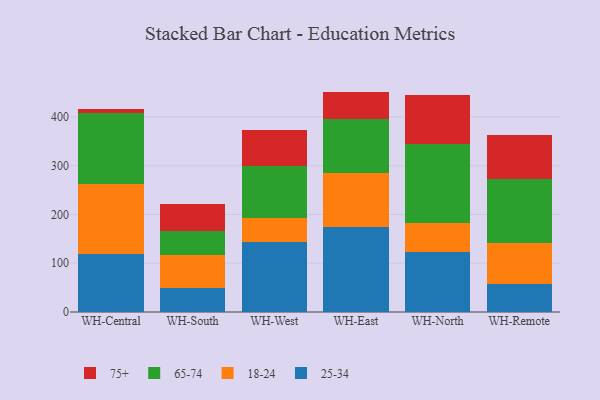
{"axis": {"x": "Warehouse", "y": "Shipments"}, "legend": ["18-24", "25-34", "65-74", "75+"], "data": [{"x": "WH-Central", "y": 119.7, "type": "25-34"}, {"x": "WH-Central", "y": 143.7, "type": "18-24"}, {"x": "WH-Central", "y": 145.2, "type": "65-74"}, {"x": "WH-Central", "y": 7.9, "type": "75+"}, {"x": "WH-South", "y": 48.9, "type": "25-34"}, {"x": "WH-South", "y": 68.4, "type": "18-24"}, {"x": "WH-South", "y": 48.4, "type": "65-74"}, {"x": "WH-South", "y": 55.9, "type": "75+"}, {"x": "WH-West", "y": 143.2, "type": "25-34"}, {"x": "WH-West", "y": 50.0, "type": "18-24"}, {"x": "WH-West", "y": 106.3, "type": "65-74"}, {"x": "WH-West", "y": 73.4, "type": "75+"}, {"x": "WH-East", "y": 174.3, "type": "25-34"}, {"x": "WH-East", "y": 109.9, "type": "18-24"}, {"x": "WH-East", "y": 111.2, "type": "65-74"}, {"x": "WH-East", "y": 56.6, "type": "75+"}, {"x": "WH-North", "y": 123.0, "type": "25-34"}, {"x": "WH-North", "y": 60.0, "type": "18-24"}, {"x": "WH-North", "y": 161.0, "type": "65-74"}, {"x": "WH-North", "y": 101.5, "type": "75+"}, {"x": "WH-Remote", "y": 58.1, "type": "25-34"}, {"x": "WH-Remote", "y": 84.2, "type": "18-24"}, {"x": "WH-Remote", "y": 130.6, "type": "65-74"}, {"x": "WH-Remote", "y": 90.9, "type": "75+"}]}